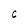
Character: C